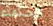
الحكماء